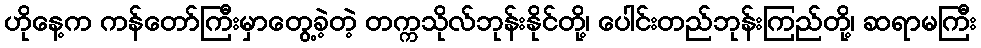
ဟိုနေ့က ကန်တော်ကြီးမှာတွေ့ခဲ့တဲ့ တက္ကသိုလ်ဘုန်းနိုင်တို့၊ ပေါင်းတည်ဘုန်းကြည်တို့၊ ဆရာမကြီး